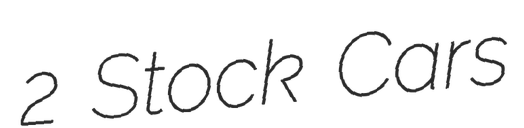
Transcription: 2 Stock Cars